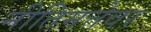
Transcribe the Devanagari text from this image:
नीतिमत्तेवर